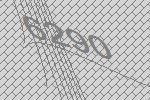
6290